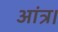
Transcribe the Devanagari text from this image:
आंत्र।